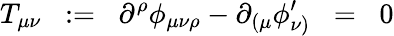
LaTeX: T_{\mu\nu}\; \; :=\; \; \partial^{\rho}\phi_{\mu\nu\rho}-\partial_{(\mu}\phi_{\nu)}^{\prime}\; \; =\; \; 0